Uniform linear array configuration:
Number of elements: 32
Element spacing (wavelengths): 1
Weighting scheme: cosine
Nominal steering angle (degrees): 15
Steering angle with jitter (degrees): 15.928
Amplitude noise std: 0.05
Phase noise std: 0.05

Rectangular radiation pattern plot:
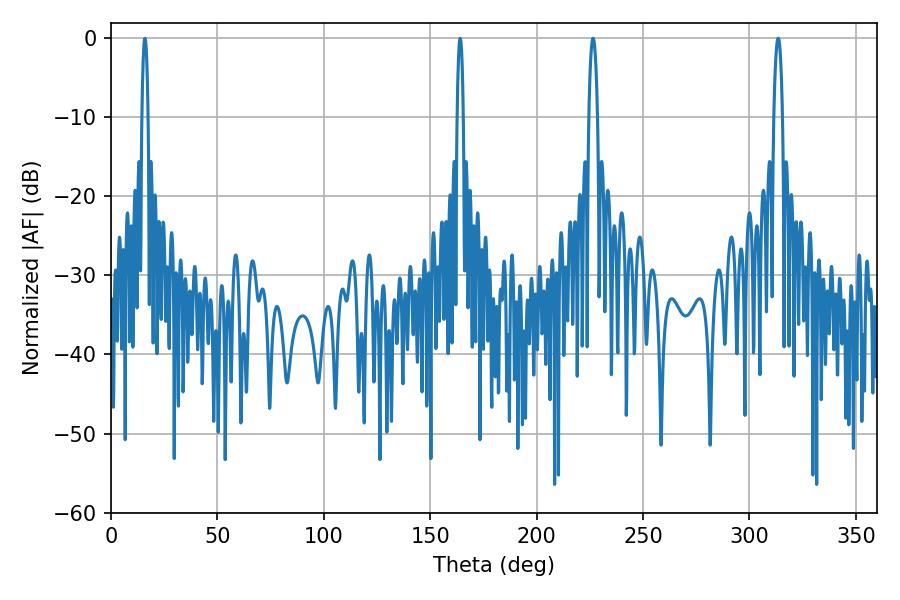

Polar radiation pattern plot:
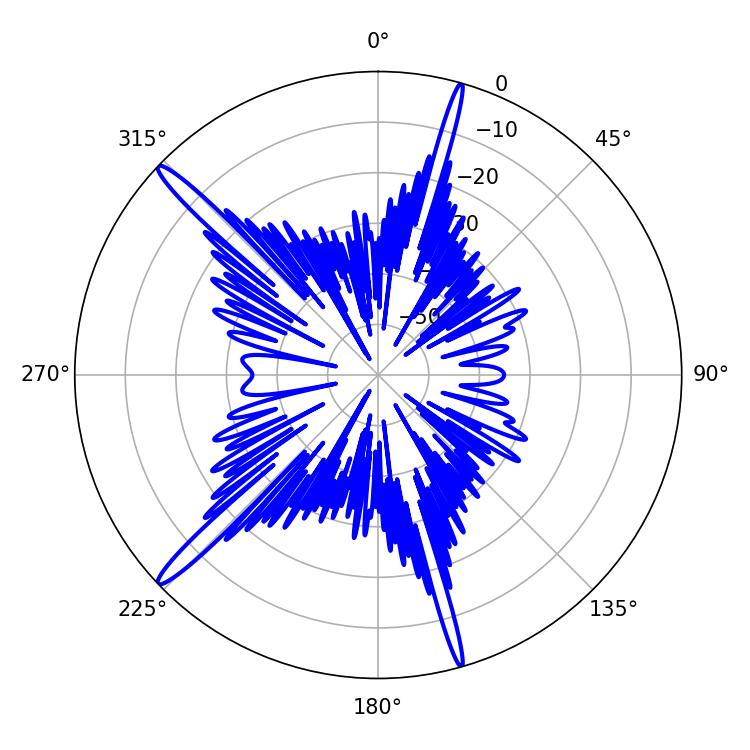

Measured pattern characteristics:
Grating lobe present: TRUE
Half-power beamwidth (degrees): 2.34
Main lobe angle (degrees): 226.44